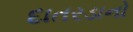
દાતરડાનો